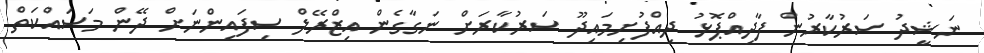
ނަޝީދު ސަރުކާރުން ފާދިއްޕޮޅު ދިއްފުށިމައިދޫ ސަރުކާރަށް ނަގާގެން އިޒްރޭލް ސިފައިންނަށް ދޭން މަސައްކަތް